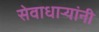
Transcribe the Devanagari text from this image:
सेवाधार्‍यांनी